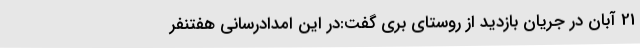
21 آبان در جریان بازدید از روستای بری گفت:در این امدادرسانی هفتنفر